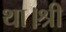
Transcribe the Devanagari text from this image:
था।श्री